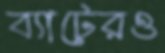
ব্যাটেরও